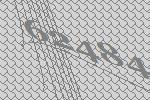
62484